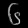
Digit: ၆